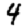
Digit: 4